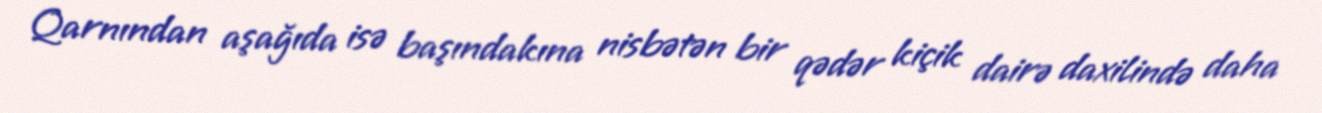
Qarnından aşağıda isə başındakına nisbətən bir qədər kiçik dairə daxilində daha